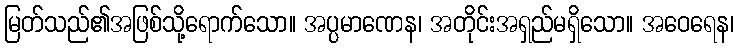
မြတ်သည်၏အဖြစ်သို့ရောက်သော။ အပ္ပမာဏေန၊ အတိုင်းအရှည်မရှိသော။ အဝေရေန၊